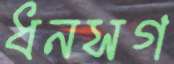
ধনসগ